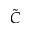
\cal \tilde { C }